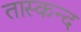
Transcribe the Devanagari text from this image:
तास्कन्द